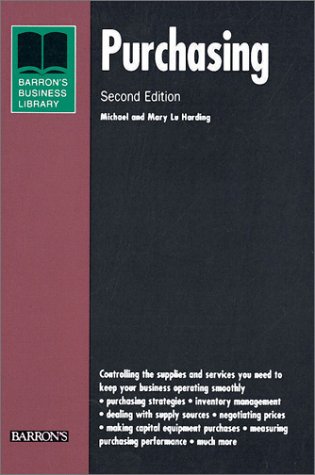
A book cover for Purchasing (Business Library Series); Michael Harding; Business & Money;